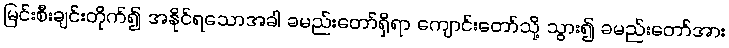
မြင်းစီးချင်းတိုက်၍ အနိုင်ရသောအခါ ခမည်းတော်ရှိရာ ကျောင်းတော်သို့ သွား၍ ခမည်းတော်အား